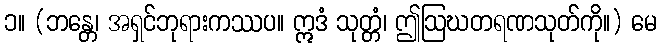
၁။ (ဘန္တေ၊ အရှင်ဘုရားကဿပ။ ဣဒံ သုတ္တံ၊ ဤဩဃတရဏသုတ်ကို။) မေ